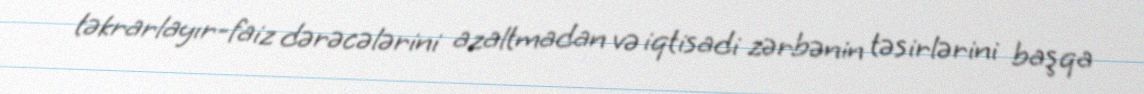
təkrarlayır-faiz dərəcələrini azaltmadan və iqtisadi zərbənin təsirlərini başqa